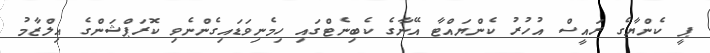
ޕީ ކެންޔާގެ ރައީސް އުހުރު ކެންޔައްޓާ އޭނާގެ ކެބިނެޓްގައި ހިމެނިވަޑައިގެންނެވި ކޮރަޕްޝަންގެ އިލްޒާމު